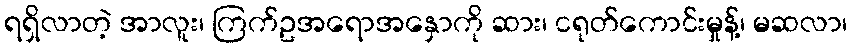
ရရှိလာတဲ့ အာလူး၊ ကြက်ဥအရောအနှောကို ဆား၊ ငရုတ်ကောင်းမှုန့်၊ မဆလာ၊